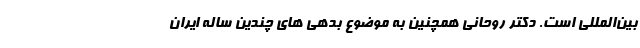
بین‌المللی است. دکتر روحانی همچنین به موضوع بدهی های چندین ساله ایران